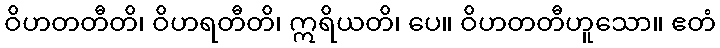
ဝိဟတတီတိ၊ ဝိဟရတီတိ၊ ဣရိယတိ၊ ပေ။ ဝိဟတတီဟူသော။ ဧတံ